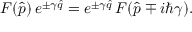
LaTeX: F ( \hat { p } ) \, e ^ { \pm \gamma \hat { q } } = e ^ { \pm \gamma \hat { q } } \, F ( \hat { p } \mp i \hbar \gamma ) .